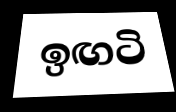
ඉඟටි